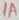
Text: 1A